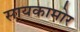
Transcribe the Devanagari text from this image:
सायकामोर